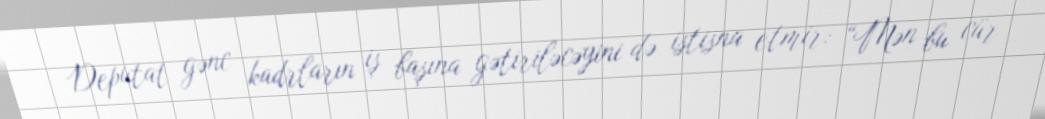
Deputat gənc kadrların iş başına gətiriləcəyini də istisna etmir: “Mən bu cür